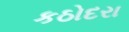
કઠોદરા